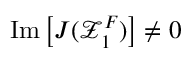
\mathrm { I m } \left[ J ( \mathcal { Z } _ { 1 } ^ { F } ) \right] \ne 0